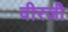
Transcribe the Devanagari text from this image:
वीरजी